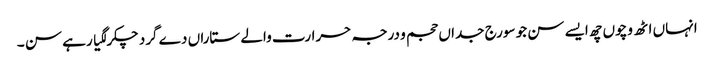
انہاں اٹھ وچو‏ں چھ ایسے سن جو سورج جداں حجم و درجہ حرارت والے ستاراں دے گرد چکر لگیا رہے سن ۔